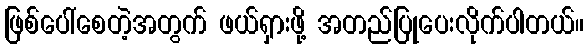
ဖြစ်ပေါ်စေတဲ့အတွက် ဖယ်ရှားဖို့ အတည်ပြုပေးလိုက်ပါတယ်။